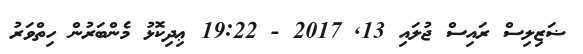
ޟަޒިލިސް ރައިސް ޖުލައި 13